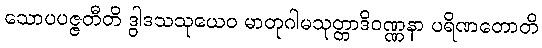
သောပပဇ္ဇတီတိ ဒွါဒသသုယေဝ မာတုဂါမသုတ္တာဒိဝဏ္ဏနာ ပရိဏတောတိ